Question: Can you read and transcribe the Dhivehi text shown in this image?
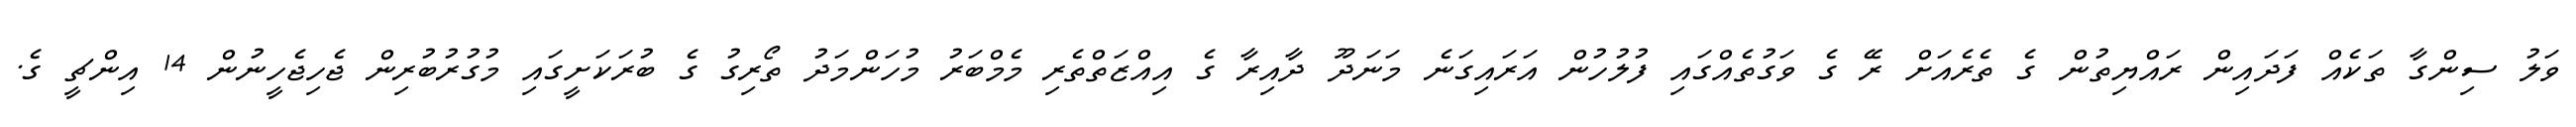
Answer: ވަލު ސިންގާ ތަކެއް ފަދައިން ރައްޔިތުން ގެ ތެރެއަށް ރޭ ގެ ވަގުތެއްގައި ފުލުހުން އަރައިގަނެ މަނަދޫ ދާއިރާ ގެ އިއްޒަތްތެރި މެމްބަރު މުހަންމަދު ތޯރިގު ގެ ބުރަކަށީގައި މުގުރުބުރިން ޖެހިޖެހީނުން 14 އިންޗީ ގެ.